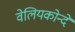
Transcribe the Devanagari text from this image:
वेलियकोन्दे